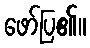
ဖော်ပြ၏။